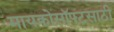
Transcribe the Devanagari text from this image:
मायक्रोसॉफ्टसाठी